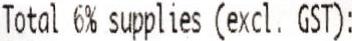
TOTAL 6% SUPPLIES (EXCL. GST):